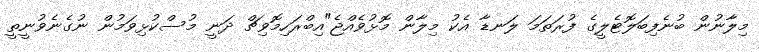
މިލާނުން ބުނެފިބަލޮޓެލީގެ ފުރަތަމަ ލަނޑާ އެކު މިލާން މޮޅުވެއްޖެ"އިބްރަހިމޮވިޗް ދަނީ މުސްކުޅިވަމުން ނުގެނެވުނީތީ